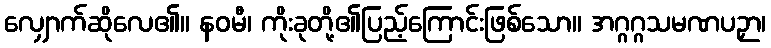
လျှောက်ဆိုလေ၏။ နဝမီ၊ ကိုးခုတို့၏ပြည့်ကြောင်းဖြစ်သော။ အဂ္ဂဂ္ဂသမဏပဉှာ၊